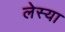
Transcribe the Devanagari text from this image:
लेस्या